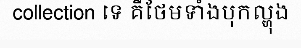
collection ទេ គឺថែមទាំងបុកល្ហុង